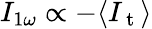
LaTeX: I_{1\omega}\propto-\langle I_{\mathrm{~t~}}\rangle